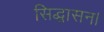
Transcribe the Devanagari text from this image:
सिद्धासन।